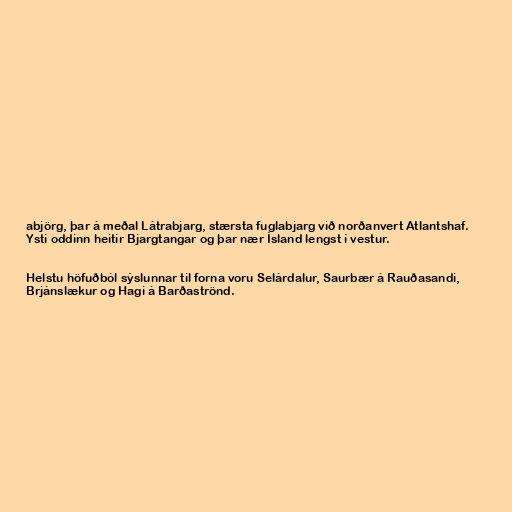
abjörg, þar á meðal Látrabjarg, stærsta fuglabjarg við norðanvert Atlantshaf.
Ysti oddinn heitir Bjargtangar og þar nær Ísland lengst í vestur.

Helstu höfuðból sýslunnar til forna voru Selárdalur, Saurbær á Rauðasandi,
Brjánslækur og Hagi á Barðaströnd.